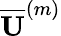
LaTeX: \mathbf{\overline{{U}}}^{(m)}